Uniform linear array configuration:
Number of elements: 32
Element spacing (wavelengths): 0.75
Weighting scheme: blackman
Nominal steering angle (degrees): -15
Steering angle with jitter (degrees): -16.883
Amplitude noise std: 0.05
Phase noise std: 0.05

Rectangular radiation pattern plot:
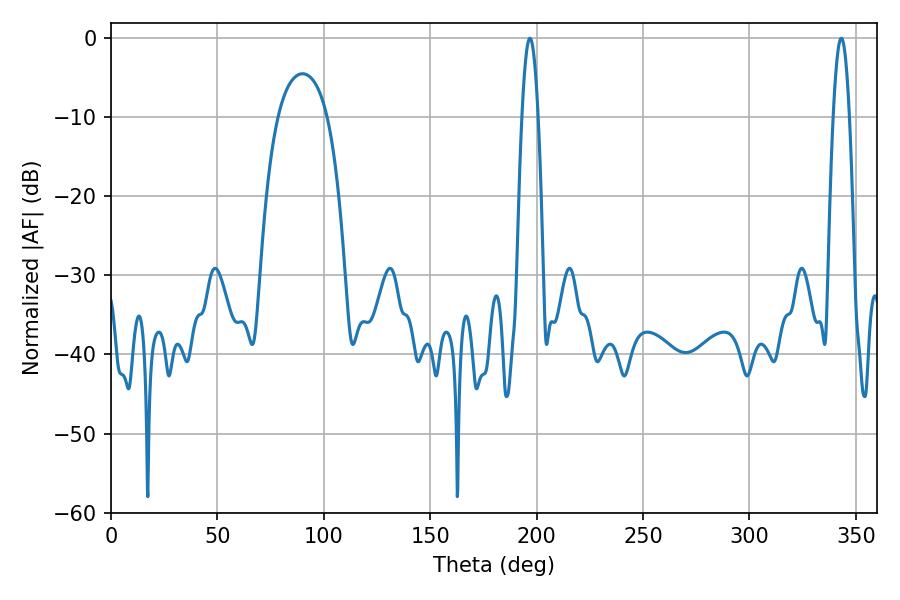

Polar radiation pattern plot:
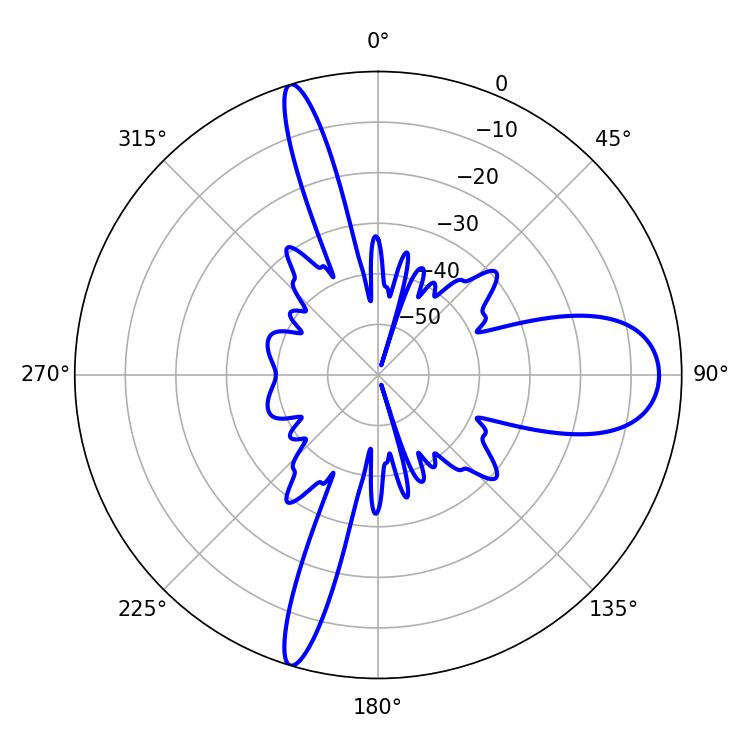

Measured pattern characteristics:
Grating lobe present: TRUE
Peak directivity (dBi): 14.803
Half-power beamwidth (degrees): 4.14
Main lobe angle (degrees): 343.08